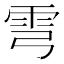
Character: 𩁽